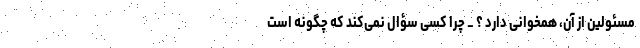
مسئولین از آن، همخوانی دارد ؟ _ چرا کسی سؤال نمی‌کند که چگونه است